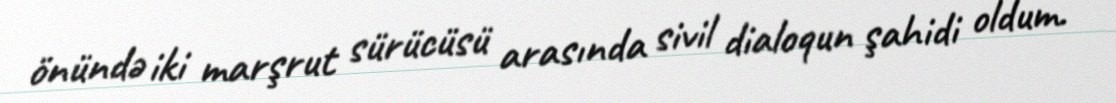
önündə iki marşrut sürücüsü arasında sivil dialoqun şahidi oldum.